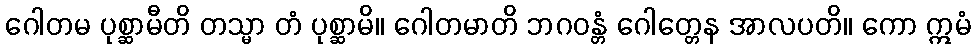
ဂေါတမ ပုစ္ဆာမီတိ တသ္မာ တံ ပုစ္ဆာမိ။ ဂေါတမာတိ ဘဂဝန္တံ ဂေါတ္တေန အာလပတိ။ ကော ဣမံ